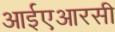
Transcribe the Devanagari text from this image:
आईएआरसी